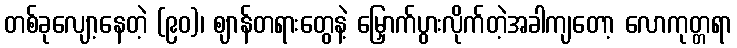
တစ်ခုလျော့နေတဲ့ (၉၀)၊ ဈာန်တရားတွေနဲ့ မြှောက်ပွားလိုက်တဲ့အခါကျတော့ လောကုတ္တရာ